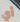
أي